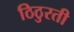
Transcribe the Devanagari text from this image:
ठिठुरती